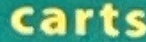
carts